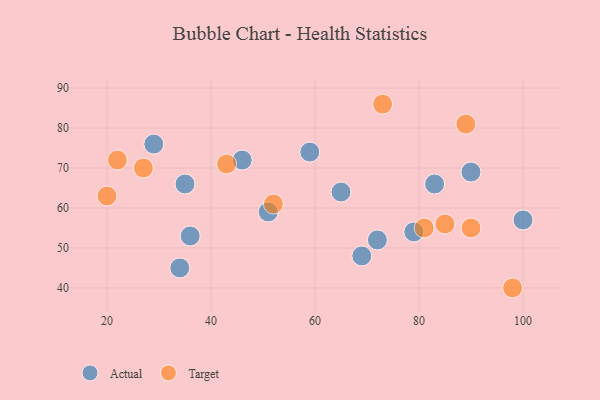
{"axis": {"x": "GDP", "y": "Life Expectancy"}, "legend": ["Actual", "Target"], "data": [{"x": "46", "y": 72, "type": "Actual"}, {"x": "69", "y": 48, "type": "Actual"}, {"x": "51", "y": 59, "type": "Actual"}, {"x": "36", "y": 53, "type": "Actual"}, {"x": "83", "y": 66, "type": "Actual"}, {"x": "90", "y": 69, "type": "Actual"}, {"x": "35", "y": 66, "type": "Actual"}, {"x": "72", "y": 52, "type": "Actual"}, {"x": "79", "y": 54, "type": "Actual"}, {"x": "65", "y": 64, "type": "Actual"}, {"x": "34", "y": 45, "type": "Actual"}, {"x": "59", "y": 74, "type": "Actual"}, {"x": "29", "y": 76, "type": "Actual"}, {"x": "100", "y": 57, "type": "Actual"}, {"x": "89", "y": 81, "type": "Target"}, {"x": "52", "y": 61, "type": "Target"}, {"x": "20", "y": 63, "type": "Target"}, {"x": "81", "y": 55, "type": "Target"}, {"x": "85", "y": 56, "type": "Target"}, {"x": "90", "y": 55, "type": "Target"}, {"x": "73", "y": 86, "type": "Target"}, {"x": "22", "y": 72, "type": "Target"}, {"x": "27", "y": 70, "type": "Target"}, {"x": "43", "y": 71, "type": "Target"}, {"x": "98", "y": 40, "type": "Target"}]}